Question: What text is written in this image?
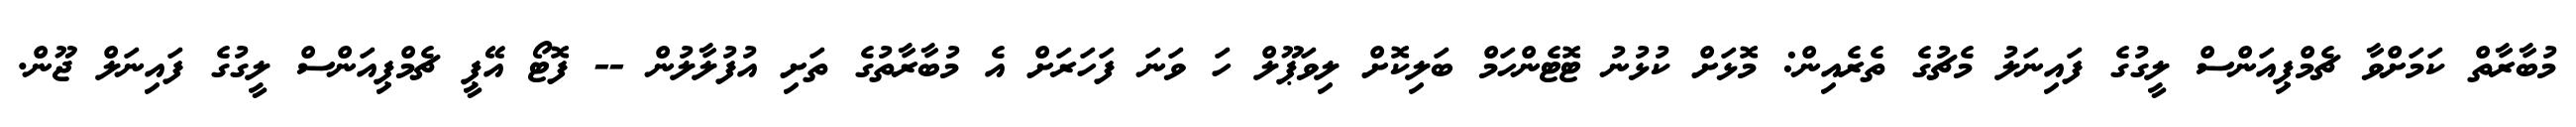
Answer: މުބާރާތް ކަމަށްވާ ޗެމްޕިއަންސް ލީގުގެ ފައިނަލު މެޗުގެ ތެރެއިން: މޮޅަށް ކުޅުނު ޓޮޓެންހަމް ބަލިކޮށް ލިވަޕޫލް ހަ ވަނަ ފަހަރަށް އެ މުބާރާތުގެ ތަށި އުފުލާލުން -- ފޮޓޯ އޭޕީ ޗެމްޕިއަންސް ލީގުގެ ފައިނަލް ޖޫން.